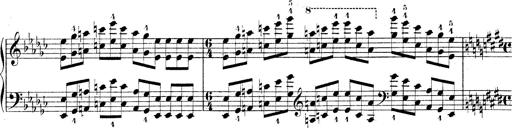
Title: Technische Studien
Composer: Franz Liszt